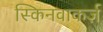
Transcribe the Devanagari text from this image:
स्किनवाकर्ज़